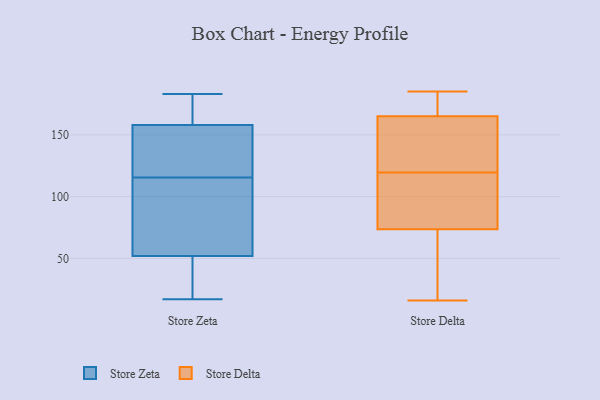
{"axis": {"x": "Production Output", "y": "Value"}, "legend": ["Store Delta", "Store Zeta"], "data": [{"x": "", "y": 183, "type": "Store Zeta"}, {"x": "", "y": 176, "type": "Store Zeta"}, {"x": "", "y": 28, "type": "Store Zeta"}, {"x": "", "y": 155, "type": "Store Zeta"}, {"x": "", "y": 58, "type": "Store Zeta"}, {"x": "", "y": 158, "type": "Store Zeta"}, {"x": "", "y": 105, "type": "Store Zeta"}, {"x": "", "y": 17, "type": "Store Zeta"}, {"x": "", "y": 52, "type": "Store Zeta"}, {"x": "", "y": 126, "type": "Store Zeta"}, {"x": "", "y": 107, "type": "Store Delta"}, {"x": "", "y": 36, "type": "Store Delta"}, {"x": "", "y": 68, "type": "Store Delta"}, {"x": "", "y": 28, "type": "Store Delta"}, {"x": "", "y": 79, "type": "Store Delta"}, {"x": "", "y": 121, "type": "Store Delta"}, {"x": "", "y": 165, "type": "Store Delta"}, {"x": "", "y": 185, "type": "Store Delta"}, {"x": "", "y": 155, "type": "Store Delta"}, {"x": "", "y": 165, "type": "Store Delta"}, {"x": "", "y": 165, "type": "Store Delta"}, {"x": "", "y": 26, "type": "Store Delta"}, {"x": "", "y": 183, "type": "Store Delta"}, {"x": "", "y": 104, "type": "Store Delta"}, {"x": "", "y": 173, "type": "Store Delta"}, {"x": "", "y": 140, "type": "Store Delta"}, {"x": "", "y": 127, "type": "Store Delta"}, {"x": "", "y": 16, "type": "Store Delta"}, {"x": "", "y": 116, "type": "Store Delta"}, {"x": "", "y": 118, "type": "Store Delta"}]}